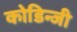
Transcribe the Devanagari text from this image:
कोडिन्जी